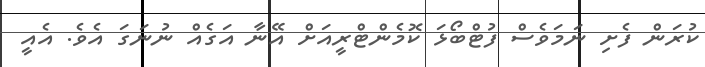
ކުރަން ފެށި ނަމަވެސް ފުޓްބޯޅަ ކޮމެންޓްރީއަށް އޭނާ އަގެއް ނުނަގަ އެވެ. އެއީ